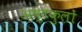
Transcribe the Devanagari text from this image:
अष्टकुलों